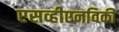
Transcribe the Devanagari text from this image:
एसव्हीएनविकी